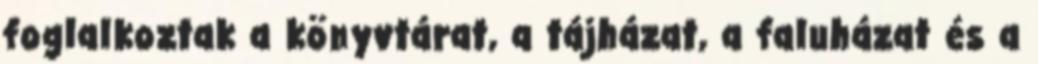
foglalkoztak a könyvtárat, a tájházat, a faluházat és a